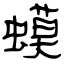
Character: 蟆